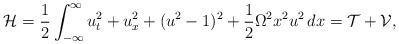
LaTeX: \begin{align*}\mathcal H = \frac{1}{2}\int_{-\infty}^\infty u_t^2 + u_x^2 + (u^2-1)^2 + \frac{1}{2}\Omega^2 x^2u^2 \, dx = \mathcal T + \mathcal V,\end{align*}